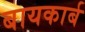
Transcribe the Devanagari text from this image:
बायकार्ब